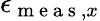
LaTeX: \epsilon_{\mathrm{~m~e~a~s~},x}